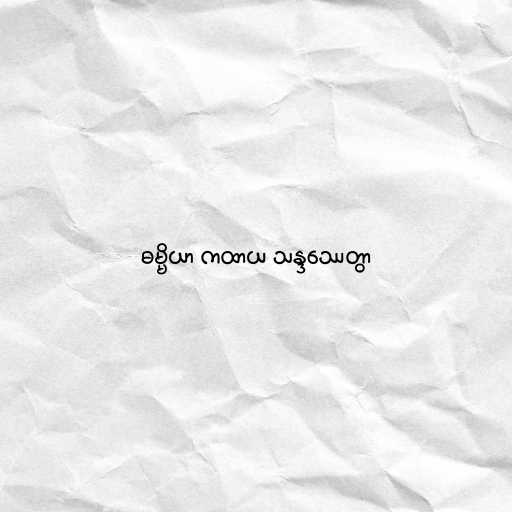
ဓမ္မိယာ ကထာယ သန္ဒဿေတွာ